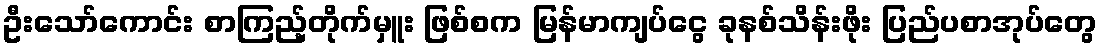
ဦးသော်ကောင်း စာကြည့်တိုက်မှူး ဖြစ်စက မြန်မာကျပ်ငွေ ခုနစ်သိန်းဖိုး ပြည်ပစာအုပ်တွေ